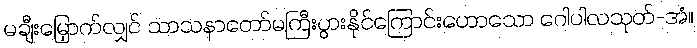
မချီးမြှောက်လျှင် သာသနာတော်မကြီးပွားနိုင်ကြောင်းဟောသော ဂေါပါလသုတ်-အံ။